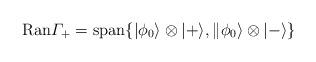
LaTeX: \begin{align*}{\rm Ran} \varGamma_+= {\rm span}\{|\phi_0 \rangle \otimes |+\rangle, \|\phi_0 \rangle \otimes |-\rangle \} \end{align*}